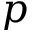
p